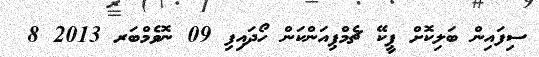
ސިފައިން ބަލިކޮށް ޕީކޭ ޗެމްޕިއަންކަން ހޯދައިފި 09 ނޮވެމްބަރ 2013 8